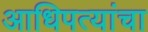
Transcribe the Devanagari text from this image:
आधिपत्यांचा